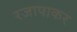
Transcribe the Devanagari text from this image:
रजापाकर